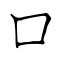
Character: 口